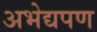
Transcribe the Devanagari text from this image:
अभेद्यपण